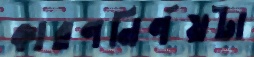
কারণনির্ণয়টা